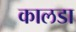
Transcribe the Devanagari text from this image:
कालडा